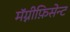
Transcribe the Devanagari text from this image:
मॅग्नीफ़िसेन्ट